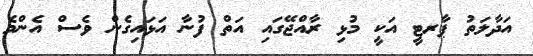
އަދާލަތު ޕާރޓީ އަކީ މުޅި ރާއްޖޭގައި އަތް ފުނާ އަޅައިގެން ވެސް އެންމެ